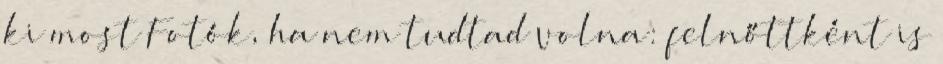
ki most Fotók, ha nem tudtad volna: felnőttként is